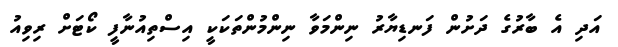
އަދި އެ ބާރުގެ ދަށުން ފަނޑިޔާރު ނިންމަވާ ނިންމުންތަކަކީ އިސްތިއުނާފީ ކޯޓަށް ރިވިއު